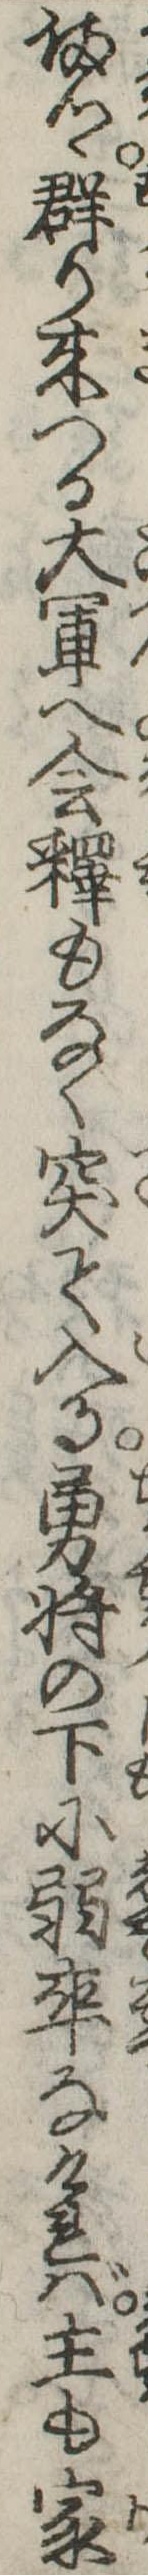
備つゝ群り来つる大軍へ会釈もなく突て入る勇将の下に弱卒なければ主も家